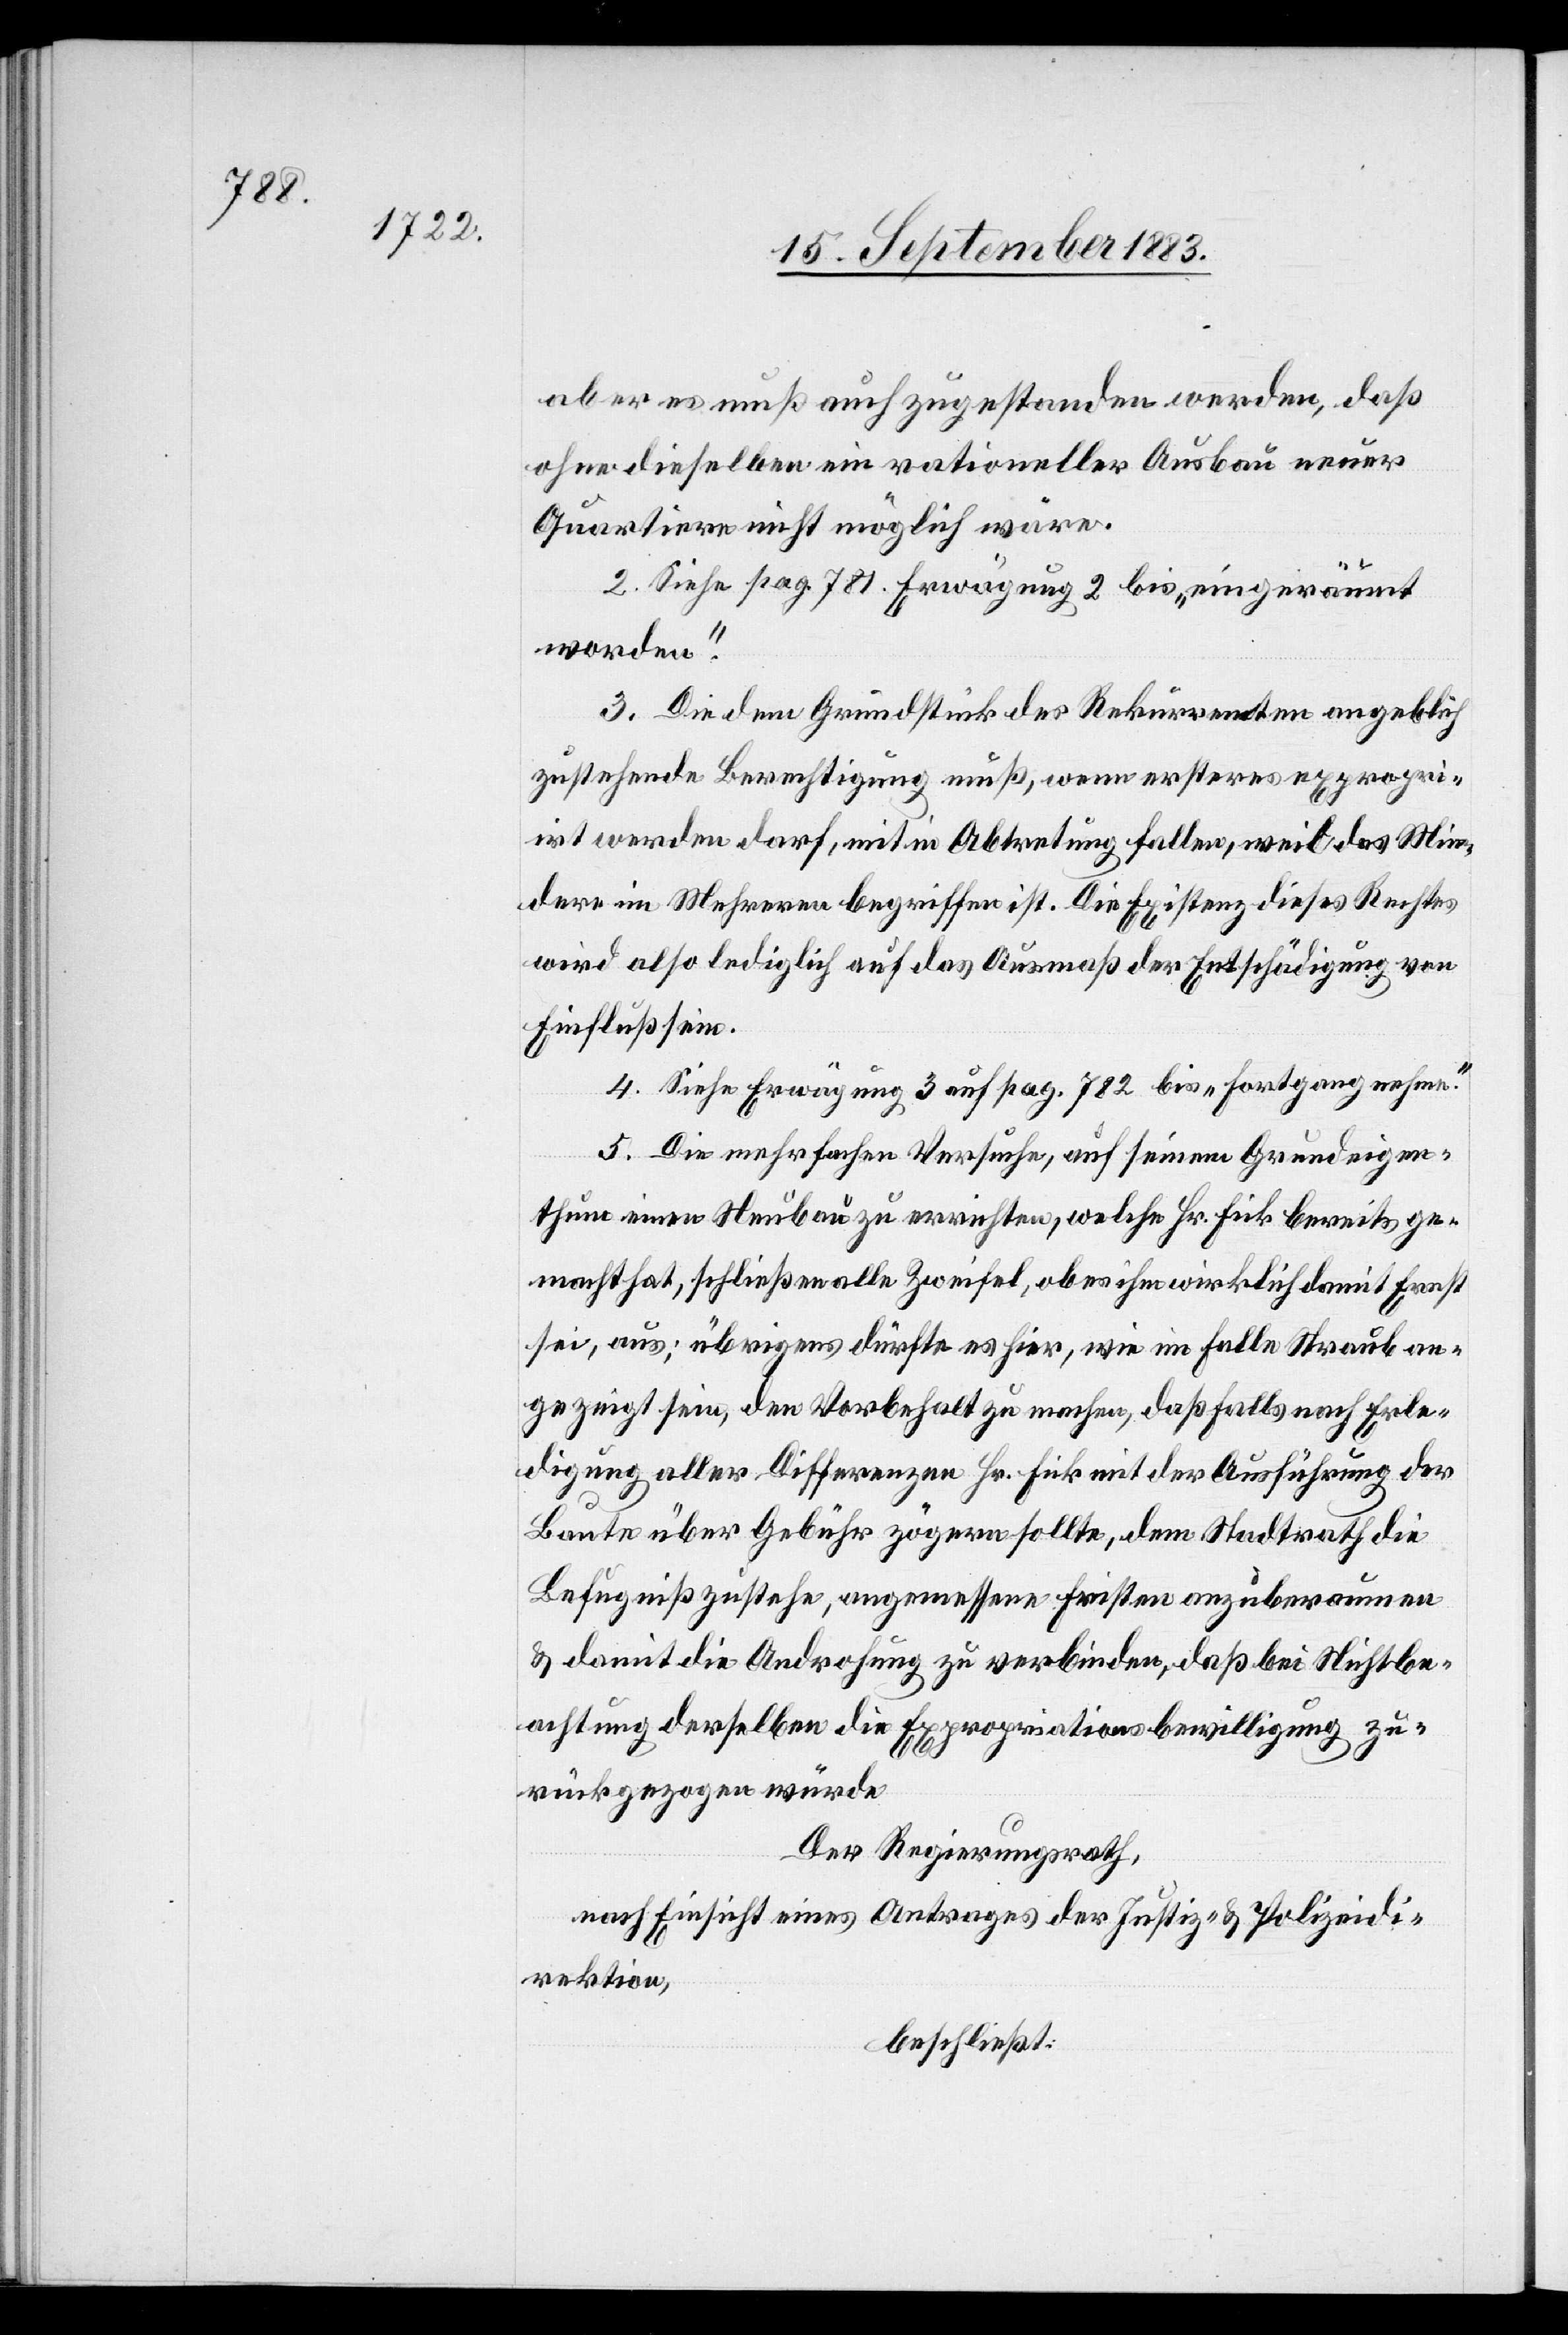
aber es muß auch zugestanden werden, daß
ohne dieselben ein rationeller Ausbau neuer
Quartiere nicht möglich wäre.
2. Siehe pag. 781, Erwägung 2 bis „eingeräumt
worden.“
2. Die dem Grundstück des Rekurrenten angeblich
zustehende Berechtigung muß, wenn ersteres expropri¬
irt werden darf, mit in Abtretung fallen, weil das Min¬
dere im Mehreren begriffen ist. Die Existenz dieses Rechtes
wird also lediglich auf das Ausmaß der Entschädigung von
Einfluß sein.
4. Siehe Erwägung 3 auf pag. 782 bis „Fortgang nehmen.“
5. Die mehrfachen Versuche, auf seinem Grundeigen¬
thum einen Neubau zu errichten, welche Hr. Fick bereits ge¬
macht hat, schließen alle Zweifel, ob es ihm wirklich damit Ernst
sei, aus; übrigens dürfte es hier, wie im Falle Straub an¬
gezeigt sein, den Vorbehalt zu machen, daß falls nach Erle¬
digung aller Differenzen Hr. Fick mit der Ausführung der
Baute über Gebühr zögern sollte, dem Stadtrath die
Befugniß zustehe, angemessene Fristen anzuberaumen
& damit die Androhung zu verbinden, daß bei Nichtbe¬
achtung derselben die Expropriationsbewilligung zu¬
rückgezogen würde.
Der Regierungsrath,
nach Einsicht eines Antrages der Justiz- & Polizeidi¬
rektion,
beschließt: